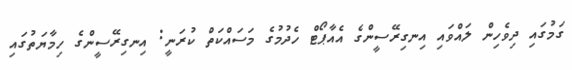
ގަމުގައި ދިވެހިން ލައްވައި އިނގިރޭސީންގެ އެއާޕޯޓް ހެދުމުގެ މަސައްކަތް ކުރަނީ: އިނގިރޭސީންގެ ހިމާޔަތުގައި